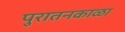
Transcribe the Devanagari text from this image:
पुरातनकाळा